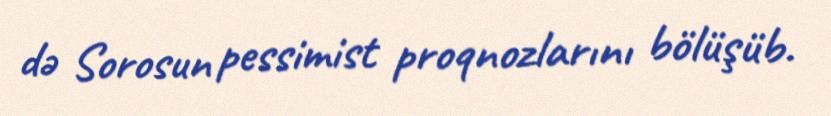
də Sorosun pessimist proqnozlarını bölüşüb.